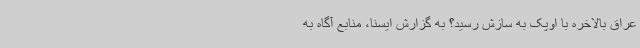
عراق بالاخره با اوپک به سازش رسید؟ به گزارش ایسنا، منابع آگاه به